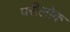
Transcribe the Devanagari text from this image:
परीलोक